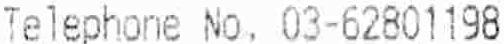
TELEPHONE NO. 03-62801198